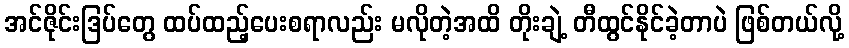
အင်ဇိုင်းဒြပ်တွေ ထပ်ထည့်ပေးစရာလည်း မလိုတဲ့အထိ တိုးချဲ့ တီထွင်နိုင်ခဲ့တာပဲ ဖြစ်တယ်လို့